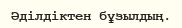
Әділдіктен бұзылдың.